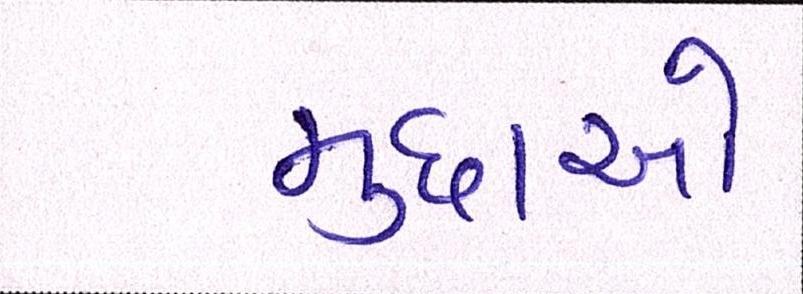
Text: મુદ્દાઓ